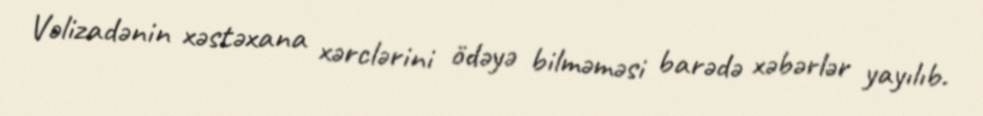
Vəlizadənin xəstəxana xərclərini ödəyə bilməməsi barədə xəbərlər yayılıb.